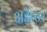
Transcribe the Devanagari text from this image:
अडैप्टर